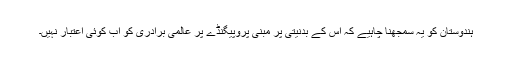
ہندوستان کو یہ سمجھنا چاہیے کہ اس کے بدنیتی پر مبنی پروپیگنڈے پر عالمی برادری کو اب کوئی اعتبار نہیں۔